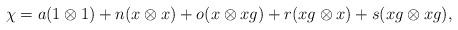
LaTeX: \begin{align*}\chi=a(1\otimes 1)+n(x\otimes x)+o(x\otimes xg)+r(xg\otimes x)+s(xg\otimes xg),\end{align*}